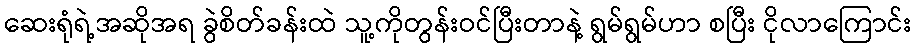
ဆေးရုံရဲ့အဆိုအရ ခွဲစိတ်ခန်းထဲ သူ့ကိုတွန်းဝင်ပြီးတာနဲ့ ရွမ်ရွမ်ဟာ စပြီး ငိုလာကြောင်း